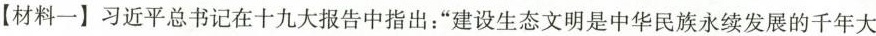
【材料一】习近平总书记在十九大报告中指出：“建设生态文明是中华民族永续发展的千年大